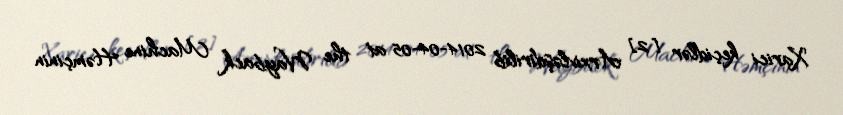
Xarici keçidlər [2] Arxivləşdirilib 2014-04-05 at the Wayback Machine Həmçinin